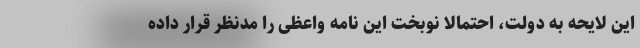
این لایحه به دولت، احتمالا نوبخت این نامه واعظی را مدنظر قرار داده